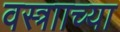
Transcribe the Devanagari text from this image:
वस्त्रााच्या